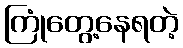
ကြုံတွေ့နေရတဲ့